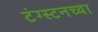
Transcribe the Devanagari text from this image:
टंग्स्टनच्या